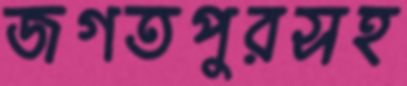
জগতপুরসহ